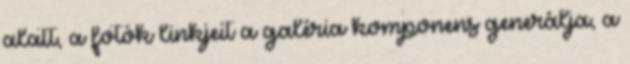
alatt, a fotók linkjeit a galéria komponens generálja, a